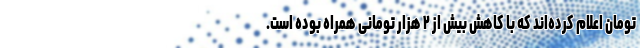
تومان اعلام کرده‌اند که با کاهش بیش از ۲ هزار تومانی همراه بوده است.